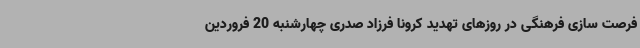
فرصت سازی فرهنگی در روزهای تهدید کرونا فرزاد صدری چهارشنبه 20 فروردین